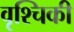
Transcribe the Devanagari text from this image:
वृश्चिकी